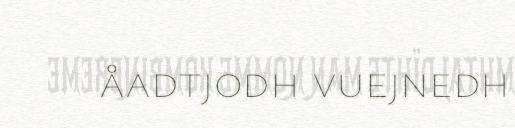
åadtjodh vuejnedh